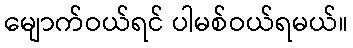
မျောက်ဝယ်ရင် ပါမစ်ဝယ်ရမယ်။